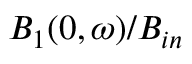
B _ { 1 } ( 0 , \omega ) / B _ { i n }